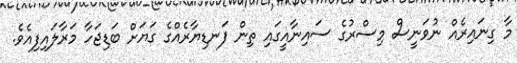
މާ ގިނައިރެއް ނުވަނީސް މިސްރުގެ ސައިނާއީގައި ތިން ފަނޑިޔާރެއްގެ ގަޔަށް ބަޑިޖަހާ މަރާލައިފިއެވެ.